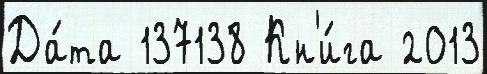
Да́та 137138 Кн'и́га 2013